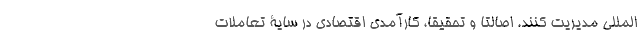
المللی مدیریت کنند. اصالتاً و تحقیقاً، کارآمدی اقتصادی در سایۀ تعاملات